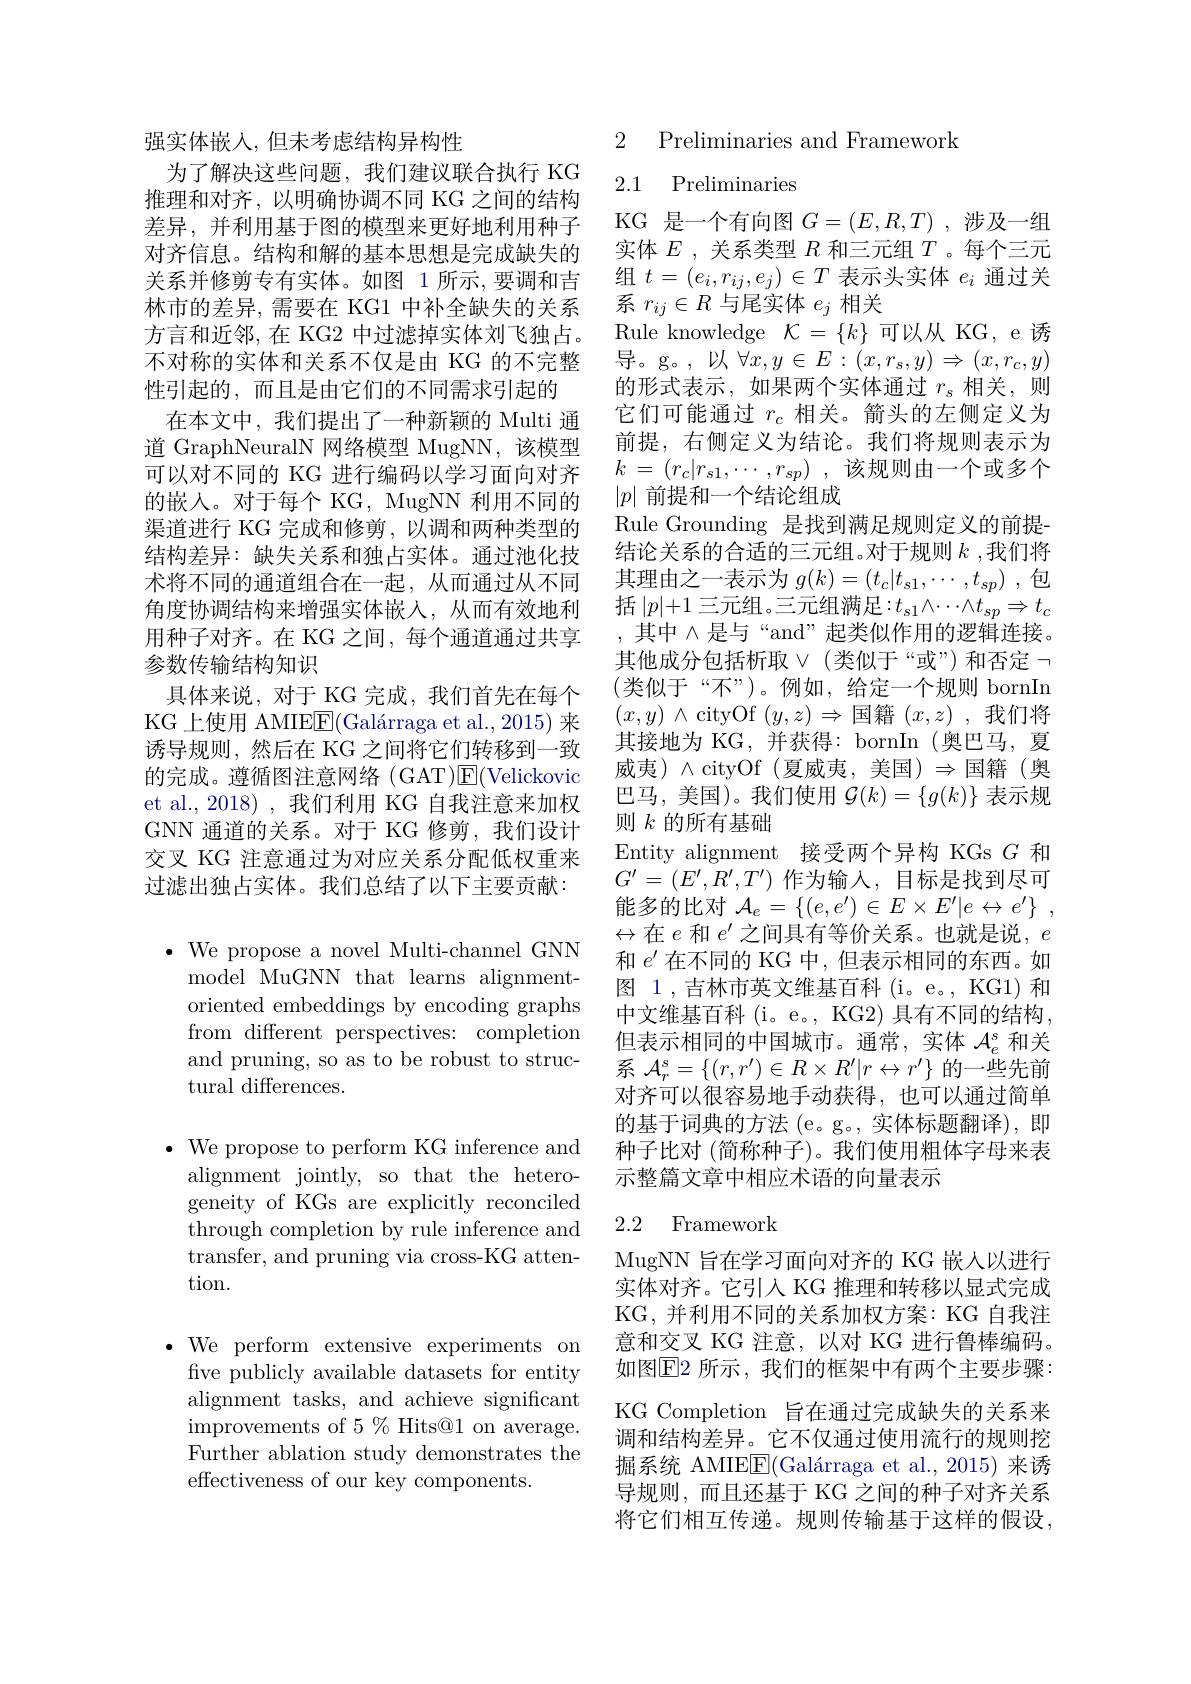
强实体嵌入，但未考虑结构异构性
为了解决这些问题，我们建议联合执行 KG 推理和对齐，以明确协调不同 KG 之间的结构差异，并利用基于图的模型来更好地利用种子对齐信息。结构和解的基本思想是完成缺失的关系并修剪专有实体。如图 1 所示，要调和吉林市的差异，需要在 KG1 中补全缺失的关系方言和近邻，在 KG2 中过滤掉实体刘飞独占。不对称的实体和关系不仅是由 KG 的不完整性引起的，而且是由它们的不同需求引起的
在本文中，我们提出了一种新颖的 Multi 通道 GraphNeuralN 网络模型 MugNN,该模型可以对不同的 KG 进行编码以学习面向对齐的嵌入。对于每个 KG, MugNN 利用不同的渠道进行 KG 完成和修剪，以调和两种类型的结构差异：缺失关系和独占实体。通过池化技术将不同的通道组合在一起，从而通过从不同角度协调结构来增强实体嵌人，从而有效地利用种子对齐。在 KG 之间，每个通道通过共享参数传输结构知识
具体来说，对于 KG 完成，我们首先在每个KG 上使用 AMIE$\boxed{\mathrm{F} }( \text{Gal\' {a}rragaetal. , 2015) 来 }$ 诱导规则，然后在 KG 之间将它们转移到一致的完成。遵循图注意网络 (GAT)$\overline {E}$( Velickovic et al.,2018),我们利用 KG 自我注意来加权GNN 通道的关系。对于 KG 修剪，我们设计交叉 KG 注意通过为对应关系分配低权重来过滤出独占实体。我们总结了以下主要贡献：

$\bullet$ We propose a novel Multi-channel GNN
model MuGNN that learns alignmentoriented embeddings by encoding graphs from different perspectives: completion and pruning, so as to be robust to structural differences.

$\bullet$ We propose to perform KG inference and
alignment jointly, so that the heterogeneity of KGs are explicitly reconciled through completion by rule inference and transfer, and pruning via cross-KG attention.

$\bullet$We perform extensive experiments on fve publicly available datasets for entity alignment tasks, and achieve significant improvements of 5% Hits@1 on average. Further ablation study demonstrates the effectiveness of our key components.

2 Preliminaries and Framework

## 2.1 Preliminaries

KG 是一个有向图$G=(E,R,T)$ ,涉及一组实体$E$ , 关系类型$R$和三元组$T$ 。每个三元组$t=(e_i,r_{ij},e_j)\in T$表示头实体$e_i$通过关系$r_{ij}\in R$与尾实体$e_j$相关
${\mathrm{Rule~knowledge~}}{\mathcal{K}}=\{k\}$可以从 KG, e 诱导。g。,以$\forall x,y\in E:(x,r_s,y)\Rightarrow(x,r_c,y)$ 的形式表示，如果两个实体通过$r_s$相关，则它们可能通过$r_c$相关。箭头的左侧定义为前提，右侧定义为结论。我们将规则表示为$k$ = $( r_c| r_{s1}, \cdots , r_{sp})$ , 该规则由一个或多个$|p|$前提和一个结论组成
Rule Grounding 是找到满足规则定义的前提结论关系的合适的三元组。对于规则$k$ ,我们将其理由之一表示为$g(k)=(t_c|t_{s1},\cdots,t_{sp})$ ,包括 $|p|+1$ 三元组。三元组满足$:t_s1\wedge\cdots\wedge t_{sp}\Rightarrow t_c$ 其中$\wedge$是与“and”起类似作用的逻辑连接。其他成分包括析取$\lor($类似于“或”)和否定「 (类似于“不”)。例如，给定一个规则 bornIn $( x, y)$ $\wedge$cityOf $(y,z)\Rightarrow$国籍 $( x, z)$ ,我们将其接地为 KG, 并获得：bornIn (奥巴马，夏威夷)$\wedge$cityOf(夏威夷，美国$)\Rightarrow$国籍(奥巴马，美国)。我们使用$\mathcal{G}(k)=\{g(k)\}$表示规则$k$的所有基础
Entity alignment 接受两个异构 KGs $G$和$G^{\prime}=(E^{\prime},R^{\prime},T^{\prime})$作为输入，目标是找到尽可能多的比对$\mathcal{A} _e= \{ ( e, e^{\prime }) \in E\times E^{\prime }| e\leftrightarrow e^{\prime }\}$ , $\leftrightarrow$在$e$和$e^\prime$之间具有等价关系。也就是说，$e$ 和$e^{\prime}$在不同的 KG 中，但表示相同的东西。如图 1 , 吉林市英文维基百科 (i。e。, KG1) 和中文维基百科 (i。e。, KG2) 具有不同的结构， 但 表 示 相 同 的 中 国 城 市 。通 常 , 实 体 $\mathcal{A} _e^s$ 和 关 $\text{不}_{As}\left\{(-1)-D_e^{\prime\prime}(-1)-D_e^{\prime\prime}(-1)-D_e^{\prime}(-1)-D_e^{\prime}(-1)\right\}$ 系$\mathcal{A}_r^s=\{(r,r^{\prime})\in R\times R^{\prime}|r\leftrightarrow r^{\prime}\}$的一些先前对齐可以很容易地手动获得，也可以通过简单的基于词典的方法 (e。g。, 实体标题翻译), 即种子比对 (简称种子)。我们使用粗体字母来表示整篇文章中相应术语的向量表示
2.2 Framework

MugNN 旨在学习面向对齐的 KG 嵌入以进行实体对齐。它引入 KG 推理和转移以显式完成KG, 并利用不同的关系加权方案：KG 自我注意和交叉 KG 注意，以对 KG 进行鲁棒编码。如图$\operatorname{E2}$ 所示，我们的框架中有两个主要步骤： KG Completion 旨在通过完成缺失的关系来调和结构差异。它不仅通过使用流行的规则挖掘系统 AMIE$\boxed{\mathrm{F} }( \text{Gal\' {a}rragaetal. , 2015) 来 诱 }$ 导规则，而且还基于 KG 之间的种子对齐关系将它们相互传递。规则传输基于这样的假设，